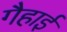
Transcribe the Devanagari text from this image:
गैहाई